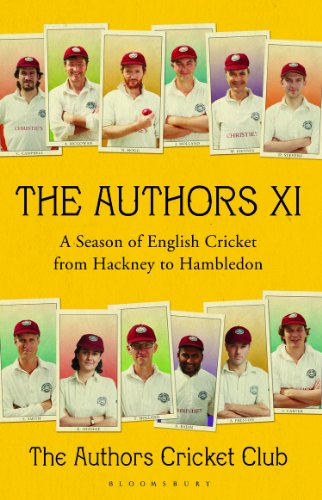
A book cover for The Authors: Volume XI: A Season of English Cricket from Hackney to Hambledon; VARIOUS; Sports & Outdoors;